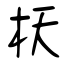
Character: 枖